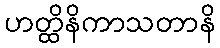
ဟတ္ထိနိကာသတာနိ